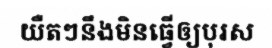
យឺតៗនឹងមិនធ្វើឲ្យបុរស